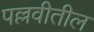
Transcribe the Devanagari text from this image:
पल्लवीतील